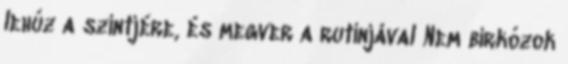
lehúz a szintjére, és megver a rutinjával Nem birkózok